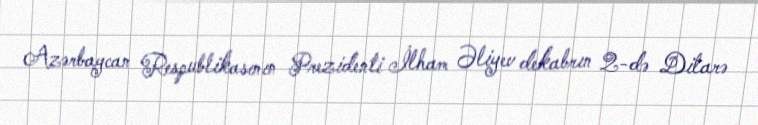
Azərbaycan Respublikasının Prezidenti İlham Əliyev dekabrın 2-də Dilarə